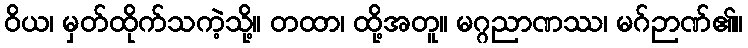
ဝိယ၊ မှတ်ထိုက်သကဲ့သို့။ တထာ၊ ထို့အတူ။ မဂ္ဂညာဏဿ၊ မဂ်ဉာဏ်၏။